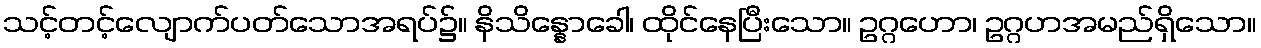
သင့်တင့်လျောက်ပတ်သောအရပ်၌။ နိသိန္နောခေါ၊ ထိုင်နေပြီးသော။ ဥဂ္ဂဟော၊ ဥဂ္ဂဟအမည်ရှိသော။